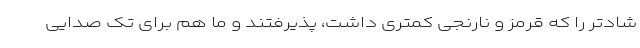
شادتر را که قرمز و نارنجی کمتری داشت، پذیرفتند و ما هم برای تک صدایی